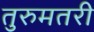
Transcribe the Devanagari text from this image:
तुरुमतरी